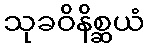
သုခဝိနိစ္ဆယံ